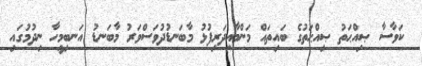
ކަވާސާ ޞިއްޙަތު ޞިއްޙަތުގެ ބައިތައް މަންމާއިދަރިފުޅު މާބަނޑުދުވަސްވަރު މާބަނޑު އަނބިމީހާ ނިދުމުގައި